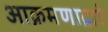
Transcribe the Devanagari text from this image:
आक्रमणाद्वारे